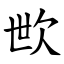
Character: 㰥